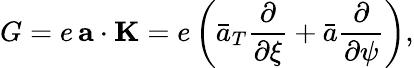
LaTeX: G=e\, {\mathbf a}\cdot{\mathbf K}=e\left(\bar{a}_{T}\frac{\partial}{\partial\xi}+\bar{a}\frac{\partial}{\partial\psi}\right),